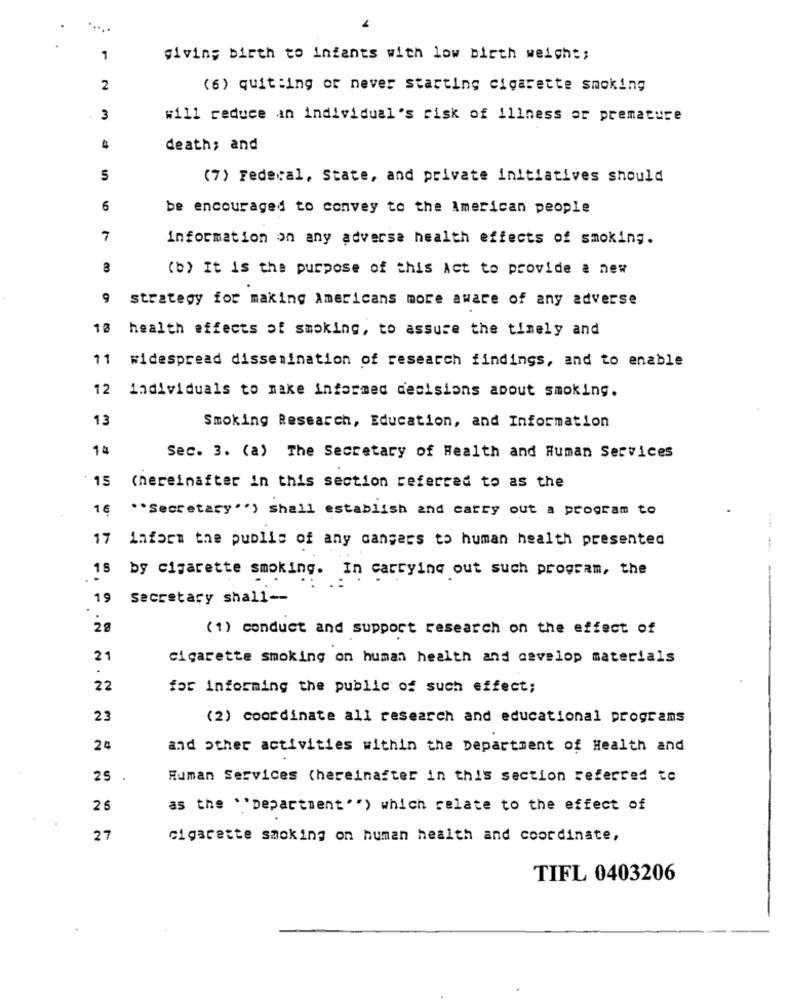
1
giving birth to infants with low birth weight;
2
(6) quit:ing or never starting cigarette smoking
3
will reduce an individual's risk of illness or premature
death; and
(7) Federal, State, and private initiatives should
6
be encouraged to convey to the American people
information on any adverse health effects of smoking.
(b) It is the purpose of this Act to provide a new
9
strategy for making Americans more aware of any adverse
18 health effects of smoking, to assure the timely and
11 widespread dissemination of research findings, and to enable
12 individuals to make informed decisions about smoking.
13
Smoking Research, Education, and Information
14
Sec. 3. (a) The Secretary of Health and Human Services
15
(hereinafter in this section referred to as the
16
* * Secretary'') shall establish and carry out a program to
17
inform the public of any dangers to human health presented
18
by cigarette smoking. In carrying out such program, the
19
Secretary shall --
28
(1) conduct and support research on the effect of
21
cigarette smoking on human health and develop materials
22
for informing the public of such effect;
23
(2) coordinate all research and educational programs
24
and Other activities within the Department of Health and
25
Human Services (hereinafter in this section referred te
26
as the \'Department "") which relate to the effect of
27
cigarette smoking on human health and coordinate,
TIFL 0403206